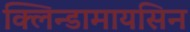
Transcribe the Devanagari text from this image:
क्लिन्डामायसिन